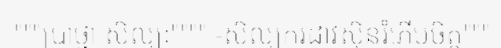
"""ប្រាថ្នា សិល្បៈ"""" -សិល្បករដាវស៊ិនរំភើបចិត្ត"""